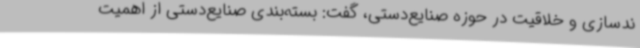
ندسازی و خلاقیت در حوزه صنایع‌دستی، گفت: بسته‌بندی صنایع‌دستی از اهمیت